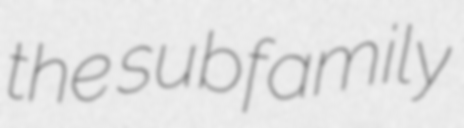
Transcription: the subfamily